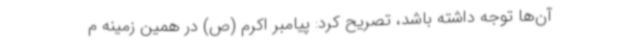
آن‌ها توجه داشته باشد، تصریح کرد: پیامبر اکرم (ص) در همین زمینه م